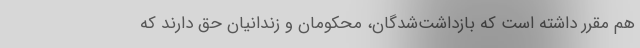
هم مقرر داشته است که بازداشت‌شدگان، محکومان و زندانیان حق دارند که